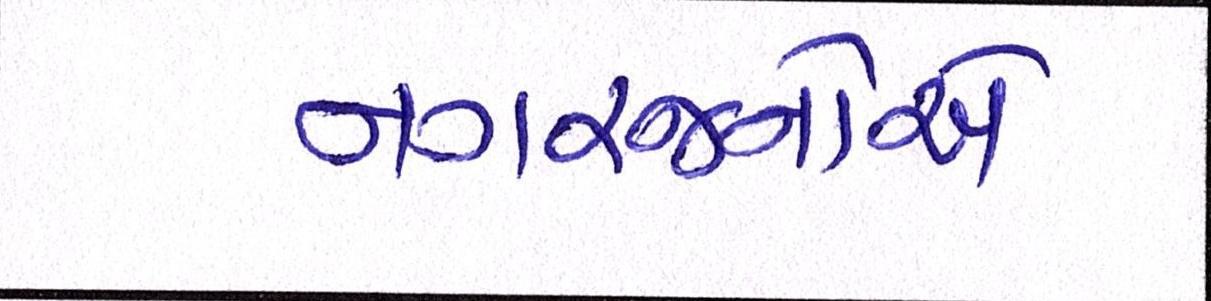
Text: નગરજનોએ